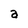
Character: a